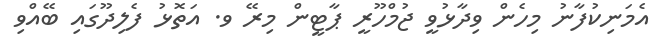
އެމަނިކުފާނު މިހެން ވިދާޅުވީ ޖުމްހޫރީ ޕާޓީން މިރޭ ވ. އަތޮޅު ފެލިދޫގައި ބޭއްވި